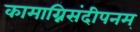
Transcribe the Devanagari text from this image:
कामाग्निसंदीपनम्